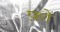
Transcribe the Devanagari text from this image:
फ़ों